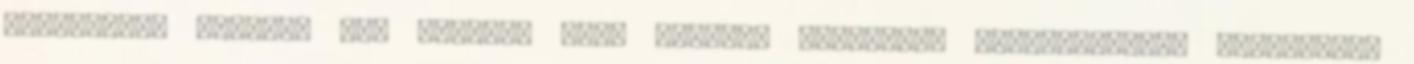
válogatok, akiknél már jártam, akik munkáit csodálom. Mindenekelőtt Krisssznek